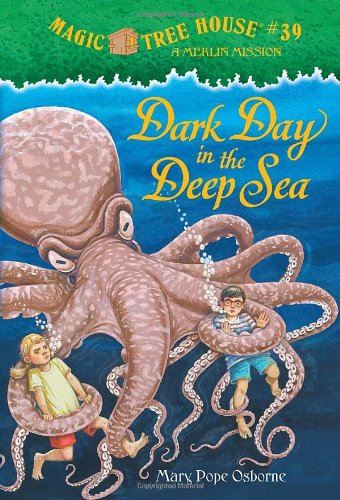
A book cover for Magic Tree House #39: Dark Day in the Deep Sea (A Stepping Stone Book(TM)); Mary Pope Osborne; Children's Books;